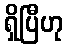
ရှိပြီဟု